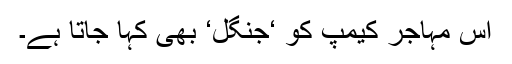
اس مہاجر کیمپ کو ‘جنگل‘ بھی کہا جاتا ہے۔